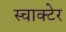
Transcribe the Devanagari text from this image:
स्चाक्टेर